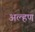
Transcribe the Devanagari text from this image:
अल्हण